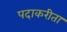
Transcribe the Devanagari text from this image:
पदाकरीता